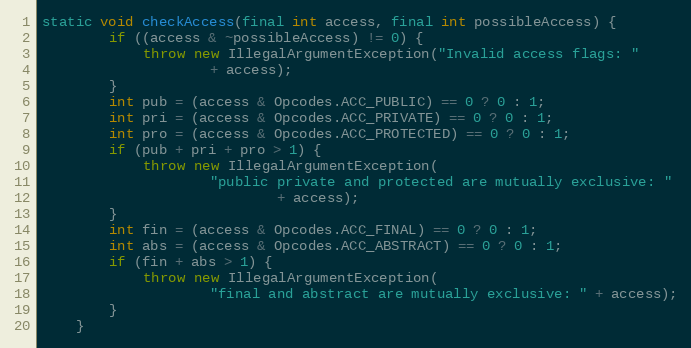
Language: Java
static void checkAccess(final int access, final int possibleAccess) {
        if ((access & ~possibleAccess) != 0) {
            throw new IllegalArgumentException("Invalid access flags: "
                    + access);
        }
        int pub = (access & Opcodes.ACC_PUBLIC) == 0 ? 0 : 1;
        int pri = (access & Opcodes.ACC_PRIVATE) == 0 ? 0 : 1;
        int pro = (access & Opcodes.ACC_PROTECTED) == 0 ? 0 : 1;
        if (pub + pri + pro > 1) {
            throw new IllegalArgumentException(
                    "public private and protected are mutually exclusive: "
                            + access);
        }
        int fin = (access & Opcodes.ACC_FINAL) == 0 ? 0 : 1;
        int abs = (access & Opcodes.ACC_ABSTRACT) == 0 ? 0 : 1;
        if (fin + abs > 1) {
            throw new IllegalArgumentException(
                    "final and abstract are mutually exclusive: " + access);
        }
    }